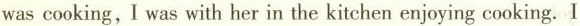
was cooking, I was with her in the kitchen enjoying cooking. I